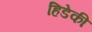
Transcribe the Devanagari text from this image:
हिडेकी